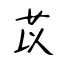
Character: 苡